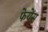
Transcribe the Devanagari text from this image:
फेयेंस